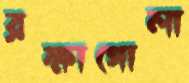
রক্ষাগোলা